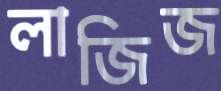
লাজিজ